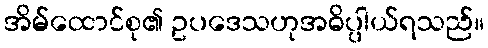
အိမ်ထောင်စု၏ ဥပဒေသဟုအဓိပ္ပါယ်ရသည်။